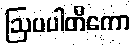
ဩပပါတိကော